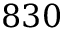
8 3 0